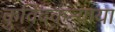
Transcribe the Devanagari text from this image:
कुविंदकन्यायां